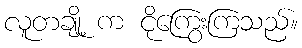
လူတချို့ က ငိုကြွေးကြသည်။